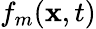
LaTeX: f_{m}(\mathbf{x},t)